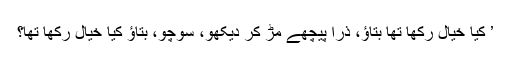
’ کیا خیال رکھا تھا بتاؤ، ذرا پیچھے مڑ کر دیکھو، سوچو، بتاؤ کیا خیال رکھا تھا؟